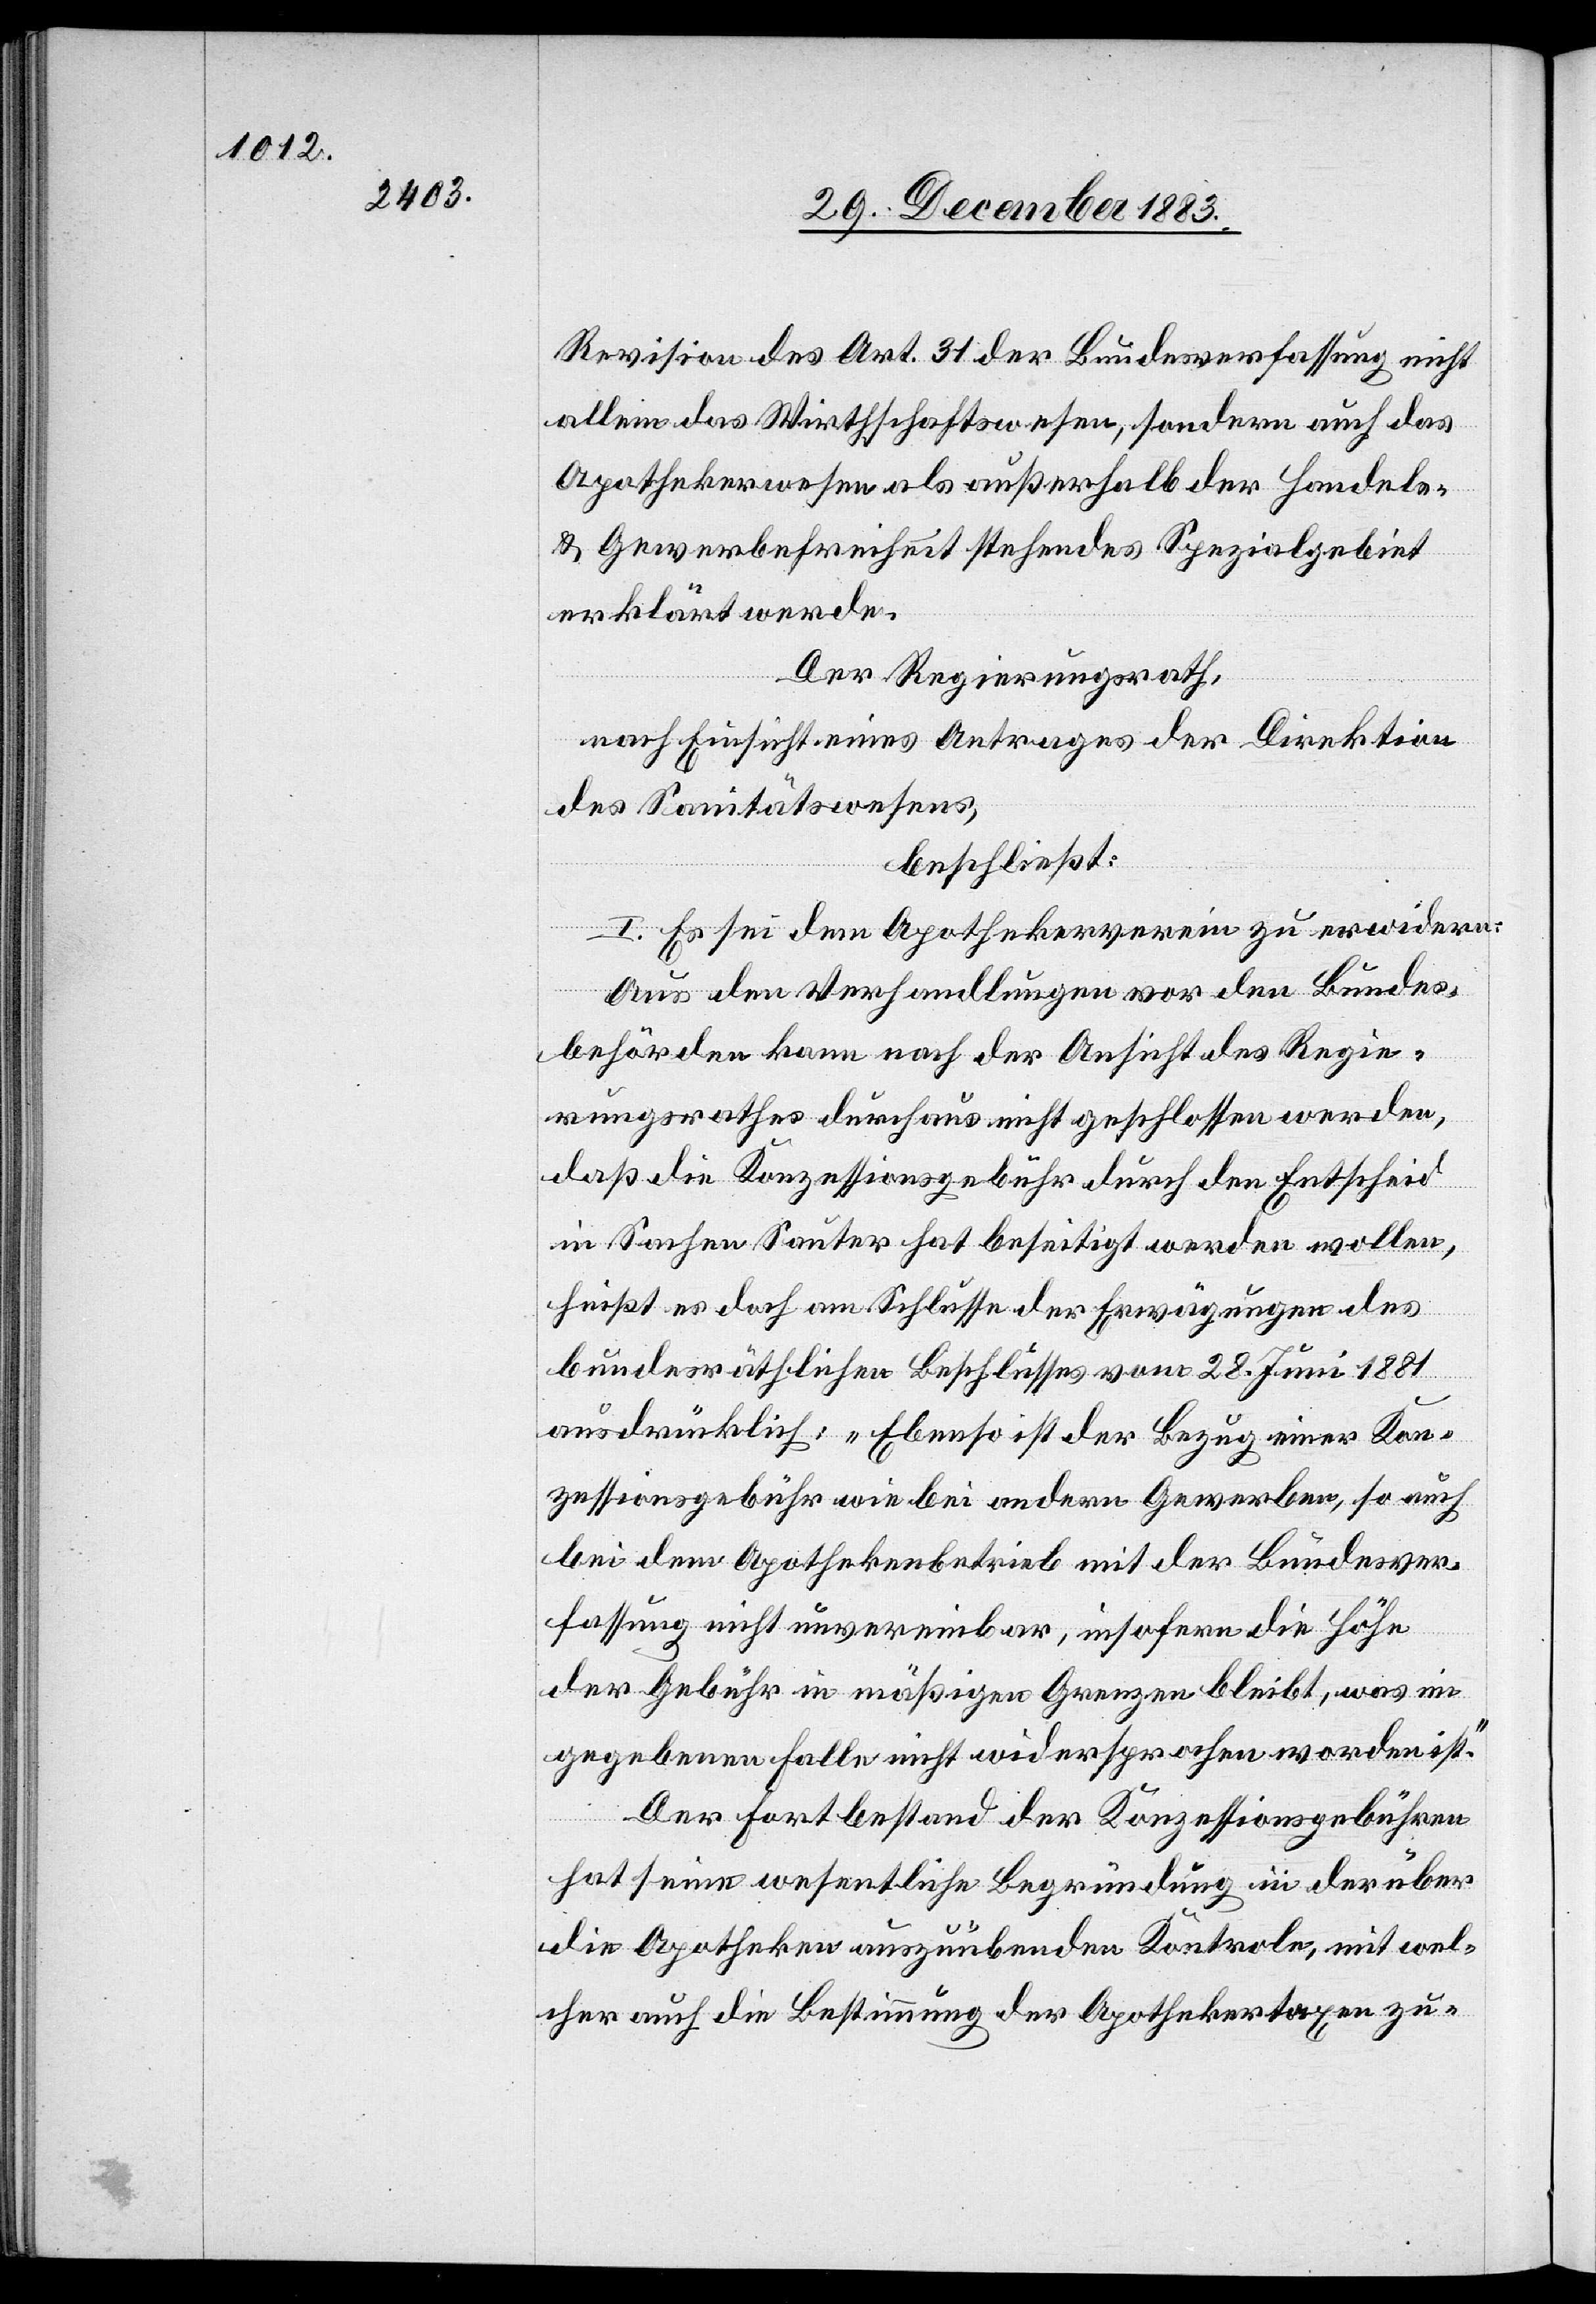
Revision des Art. 31 der Bundesverfassung nicht
allein das Wirthschaftswesen, sondern auch das
Apothekerwesen als außerhalb der Handels-
& Gewerbefreiheit stehendes Spezialgebiet
erklärt werde.
Der Regierungsrath,
nach Einsicht eines Antrages der Direktion
des Sanitätswesens,
beschließt:
I. Es sei dem Apothekerverein zu erwidern:
Aus den Verhandlungen vor den Bundes¬
behörden kann nach der Ansicht des Regie¬
rungsrathes durchaus nicht geschlossen werden,
daß die Konzessionsgebühr durch den Entscheid
in Sachen Sauter hat beseitigt werden wollen,
heißt es doch am Schlusse der Erwägungen des
bundesräthlichen Beschlusses vom 28. Juni 1881
ausdrücklich: „Ebenso ist der Bezug einer Kon¬
zessionsgebühr wie bei andern Gewerben, so auch
bei dem Apothekenbetrieb mit der Bundesver¬
fassung nicht unvereinbar, insofern die Höhe
der Gebühr in mäßigen Grenzen bleibt, was im
gegebenen Falle nicht widersprochen worden ist.“
Der Fortbestand der Konzessionsgebühren
hat seine wesentliche Begründung in der über
die Apotheken auszuübenden Kontrole, mit wel¬
cher auch die Bestimmung der Apothekertaxe zu-